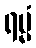
ရမ္မံ